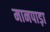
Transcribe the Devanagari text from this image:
मानपाड़ा